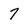
Character: 7